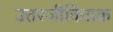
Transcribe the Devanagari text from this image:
उत्तरजीविताक